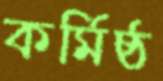
কর্মিষ্ঠ